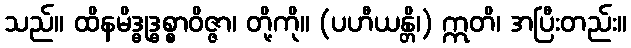
သည်။ ထိနမိဒ္ဓုဒ္ဓစ္စာဝိဇ္ဇာ၊ တို့ကို။ (ပဟီယန္တိ၊) ဣတိ၊ အပြီးတည်း။